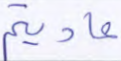
عاديتم